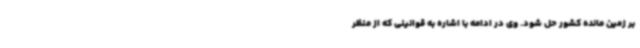
بر زمین مانده کشور حل شود. وی در ادامه با اشاره به قوانینی که از منظر